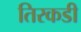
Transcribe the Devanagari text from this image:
तिरकडी